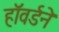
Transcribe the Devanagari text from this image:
हॉवर्डने